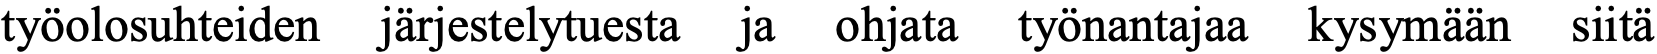
työolosuhteiden järjestelytuesta ja ohjata työnantajaa kysymään siitä